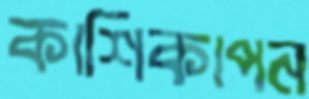
কাশিকাপন